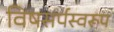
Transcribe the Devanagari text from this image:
विषसर्पस्वरूप